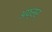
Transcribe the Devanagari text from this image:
अफ्सर्